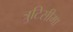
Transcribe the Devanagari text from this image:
त्रुटिसीमा